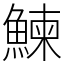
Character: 鰊